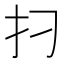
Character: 𰒺